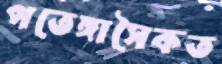
পতেঙ্গাসৈকত